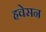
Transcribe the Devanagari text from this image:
हचेसन